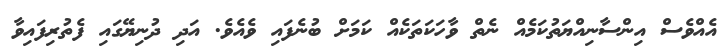
އެއްވެސް އިންސާނިއްޔަތުކަމެއް ނެތް ވާހަކަތަކެއް ކަމަށް ބުނެފައި ވެއެވެ. އަދި ދުނިޔޭގައި ފެތުރިފައިވާ